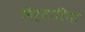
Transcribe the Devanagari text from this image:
निर्धारितां